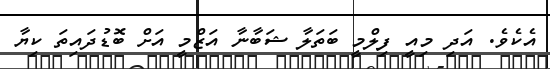
އެކެވެ. އަދި މިއީ ފިލްމީ ބަތަލާ ޝަބާނާ އަޒްމީ އަށް ބޮޑުދައިތަ ކިޔާ